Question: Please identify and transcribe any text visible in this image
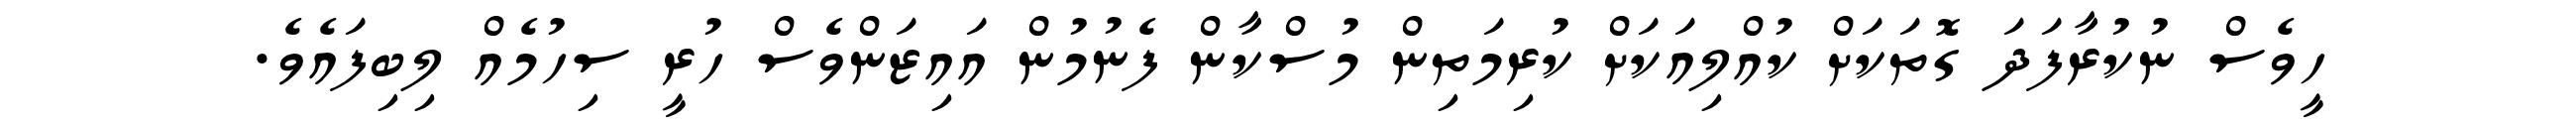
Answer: ހީވެސް ނުކުރާފަދަ ގޮތަކަށް ކުއްލިއަކަށް ކުރިމަތިން މުސްކާން ފެނުމުން އައިޒަންވެސް ހުރީ ސިހުމެއް ލިބިފައެވެ.